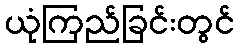
ယုံကြည်ခြင်းတွင်